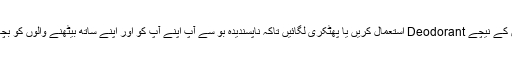
بازوؤں کے نیچے Deodorant استعمال کریں یا پھٹکری لگائیں تاکہ ناپسندیدہ بو سے آپ اپنے آپ کو اور اپنے ساتھ بیٹھنے والوں کو بچا سکیں۔